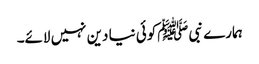
ہمارے نبی ﷺکوئی نیا دین نہیں لائے۔